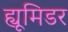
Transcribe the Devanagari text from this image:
ह्यूमिडर